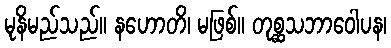
မုနိမည်သည်။ နဟောတိ၊ မဖြစ်။ တုစ္ဆသဘာဝေါပန၊